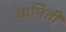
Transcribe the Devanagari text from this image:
वापिती